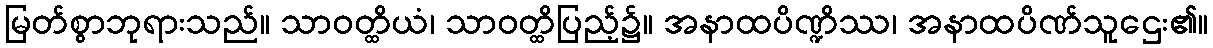
မြတ်စွာဘုရားသည်။ သာဝတ္ထိယံ၊ သာဝတ္ထိပြည့်၌။ အနာထပိဏ္ဍိဿ၊ အနာထပိဏ်သူဌေး၏။